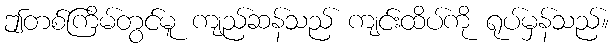
ဤတစ်ကြိမ်တွင်မူ ကျည်ဆန်သည် ကျင်းထိပ်ကို ရုပ်မှန်သည်။